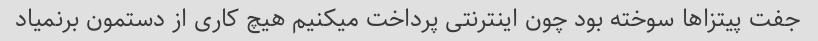
جفت پیتزا‌ها سوخته بود چون اینترنتی پرداخت میکنیم هیچ کاری از دستمون برنمیاد